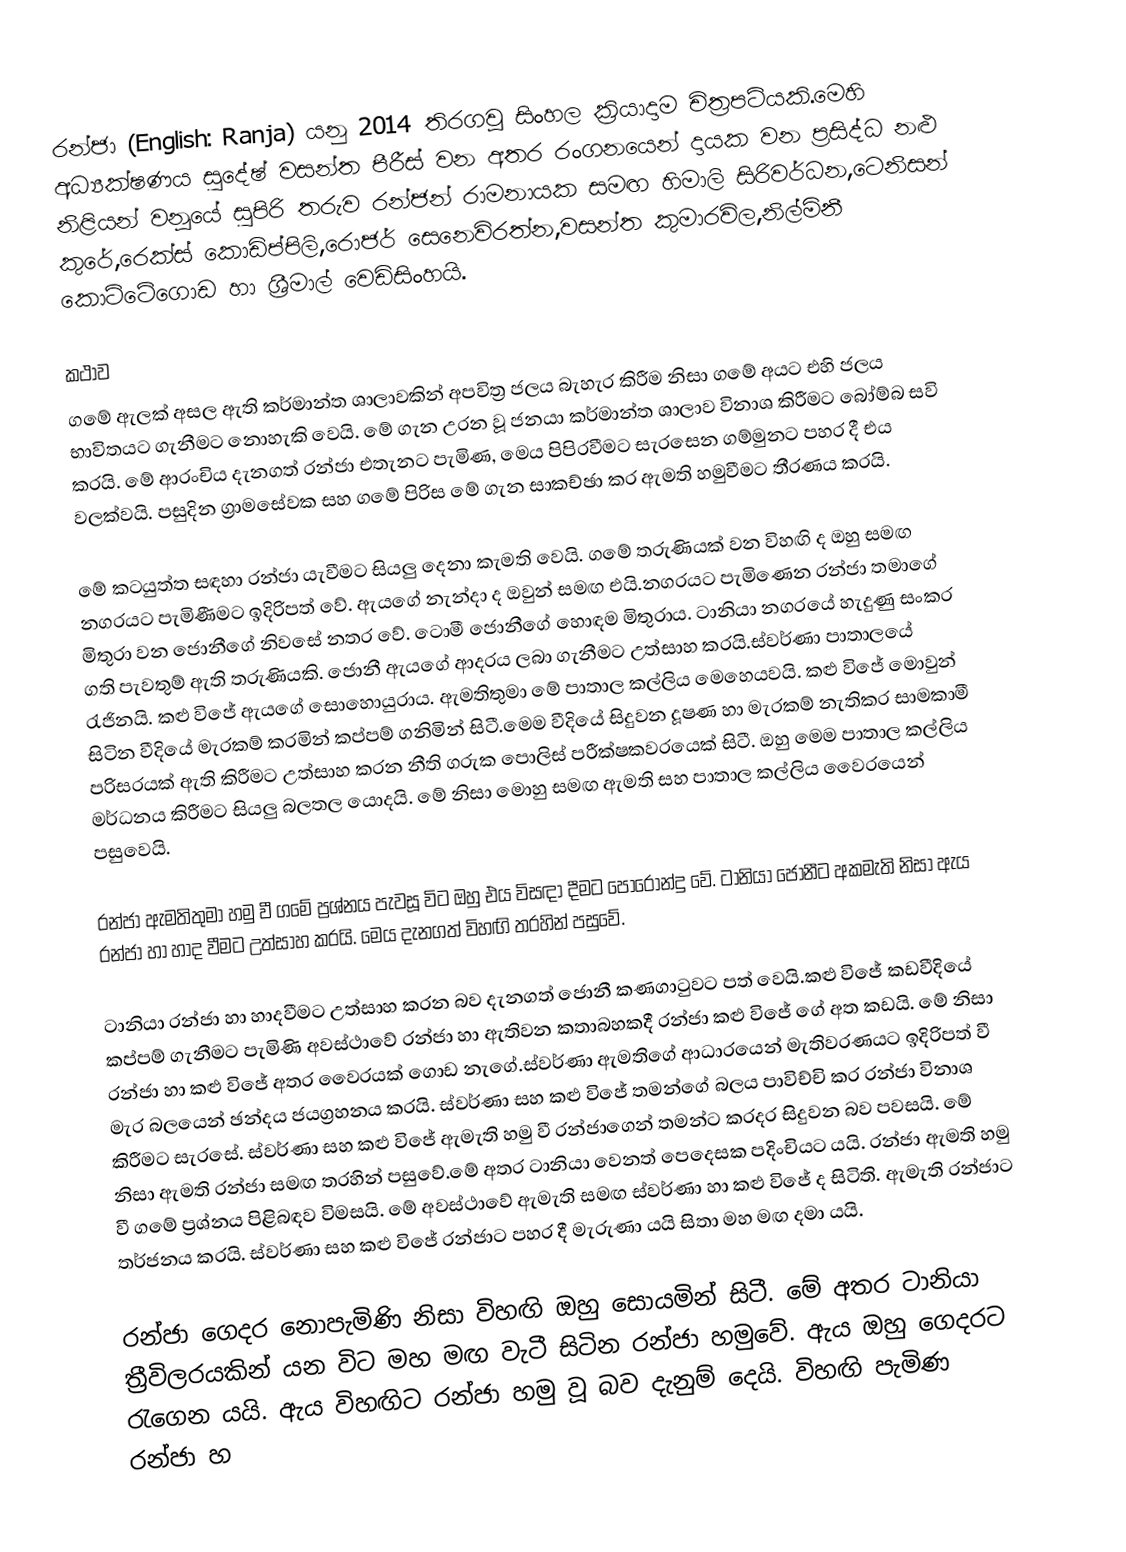
රන්ජා (English: Ranja) යනු 2014 තිරගවූ සිංහල ක්‍රියාදාම චිත්‍රපටියකි.මෙහි අධ්‍යක්ෂණය සුදේෂ් වසන්ත පීරීස් වන අතර රංගනයෙන් දායක වන ප්‍රසිද්ධ නළු නිළියන් වනූයේ සුපිරි තරුව රන්ජන් රාමනායක සමඟ හිමාලි සිරිවර්ධන,ටෙනිසන් කුරේ,රෙක්ස් කොඩිප්පිලි,රොජර් සෙනෙවිරත්න,වසන්ත කුමාරවිල,නිල්මිනී කොට්ටේගොඩ හා ශ්‍රීමාල් වෙඩිසිංහයි.

කථාව
ගමේ ඇලක් අසල ඇති කර්මාන්ත ශාලාවකින් අපවිත්‍ර ජලය බැහැර කිරීම නිසා ගමේ අයට එහි ජලය භාවිතයට ගැනීමට නොහැකි වෙයි. මේ ගැන උරන වූ ජනයා කර්මාන්ත ශාලාව විනාශ කිරීමට බෝම්බ සවි කරයි. මේ ආරංචිය දැනගත් රන්ජා එතැනට පැමිණ, මෙය පිපිරවීමට සැරසෙන ගම්මුනට පහර දී එය වලක්වයි. පසුදින ග්‍රාමසේවක සහ ගමේ පිරිස මේ ගැන සාකච්ඡා කර ඇමති හමුවීමට තීරණය කරයි.

මේ කටයුත්ත සඳහා රන්ජා යැවීමට සියලු දෙනා කැමති වෙයි. ගමේ තරුණියක් වන විහඟි ද ඔහු සමඟ නගරයට පැමිණීමට ඉදිරිපත් වේ. ඇයගේ නැන්දා ද ඔවුන් සමඟ එයි.නගරයට පැමිණෙන රන්ජා තමාගේ මිතුරා වන ජොනීගේ නිවසේ නතර වේ. ටොමී ජොනීගේ හොඳම මිතුරාය. ටානියා නගරයේ හැදුණු සංකර ගති පැවතුම් ඇති තරුණියකි. ජොනී ඇයගේ ආදරය ලබා ගැනීමට උත්සාහ කරයි.ස්වර්ණා පාතාලයේ රැජිනයි. කළු විජේ ඇයගේ සොහොයුරාය. ඇමතිතුමා මේ පාතාල කල්ලිය මෙහෙයවයි. කළු විජේ මොවුන් සිටින වීදියේ මැරකම් කරමින් කප්පම් ගනිමින් සිටී.මෙම වීදියේ සිදුවන දූෂණ හා මැරකම් නැතිකර සාමකාමී පරිසරයක් ඇති කිරීමට උත්සාහ කරන නීති ගරුක පොලිස් පරීක්ෂකවරයෙක් සිටී. ඔහු මෙම පාතාල කල්ලිය මර්ධනය කිරීමට සියලු බලතල යොදයි. මේ නිසා මොහු සමඟ ඇමති සහ පාතාල කල්ලිය වෛරයෙන් පසුවෙයි.

රන්ජා ඇමතිතුමා හමු වී ගමේ ප්‍රශ්නය පැවසූ විට ඔහු එය විසඳා දීමට පොරොන්දු වේ. ටානියා ජොනීට අකමැති නිසා ඇය රන්ජා හා හාද වීමට උත්සාහ කරයි. මෙය දැනගත් විහඟි තරහින් පසුවේ.

ටානියා රන්ජා හා හාදවීමට උත්සාහ කරන බව දැනගත් ජොනී කණගාටුවට පත් වෙයි.කළු විජේ කඩවීදියේ කප්පම් ගැනීමට පැමිණි අවස්ථාවේ රන්ජා හා ඇතිවන කතාබහකදී රන්ජා කළු විජේ ගේ අත කඩයි. මේ නිසා රන්ජා හා කළු විජේ අතර වෛරයක් ගොඩ නැගේ.ස්වර්ණා ඇමතිගේ ආධාරයෙන් මැතිවරණයට ඉදිරිපත් වී මැර බලයෙන් ඡන්දය ජයග්‍රහනය කරයි. ස්වර්ණා සහ කළු විජේ තමන්ගේ බලය පාවිච්චි කර රන්ජා විනාශ කිරීමට සැරසේ. ස්වර්ණා සහ කළු විජේ ඇමැති හමු වී රන්ජාගෙන් තමන්ට කරදර සිදුවන බව පවසයි. මේ නිසා ඇමති රන්ජා සමඟ තරහින් පසුවේ.මේ අතර ටානියා වෙනත් පෙදෙසක පදිංචියට යයි. රන්ජා ඇමති හමු වී ගමේ ප්‍රශ්නය පිළිබඳව විමසයි. මේ අවස්ථාවේ ඇමැති සමඟ ස්වර්ණා හා කළු විජේ ද සිටිති. ඇමැති රන්ජාට තර්ජනය කරයි. ස්වර්ණා සහ කළු විජේ රන්ජාට පහර දී මැරුණා යයි සිතා මහ මඟ දමා යයි.

රන්ජා ගෙදර නොපැමිණි නිසා විහඟි ඔහු සොයමින් සිටී. මේ අතර ටානියා ත්‍රීවිලරයකින් යන විට මහ මඟ වැටී සිටින රන්ජා හමුවේ. ඇය ඔහු ගෙදරට රැගෙන යයි. ඇය විහඟිට රන්ජා හමු වූ බව දැනුම් දෙයි. විහඟි පැමිණ රන්ජා හ